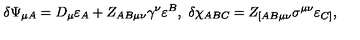
\delta \Psi _ { \mu A } = D _ { \mu } \varepsilon _ { A } + Z _ { A B \mu \nu } \gamma ^ { \nu } \varepsilon ^ { B } , \ \delta \chi _ { A B C } = Z _ { [ A B \mu \nu } \sigma ^ { \mu \nu } \varepsilon _ { C ] } ,